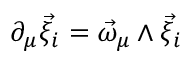
\partial _ { \mu } \vec { \xi } _ { i } = \vec { \omega } _ { \mu } \wedge \vec { \xi } _ { i }